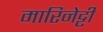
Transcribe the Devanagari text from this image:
मारिनेट्टी